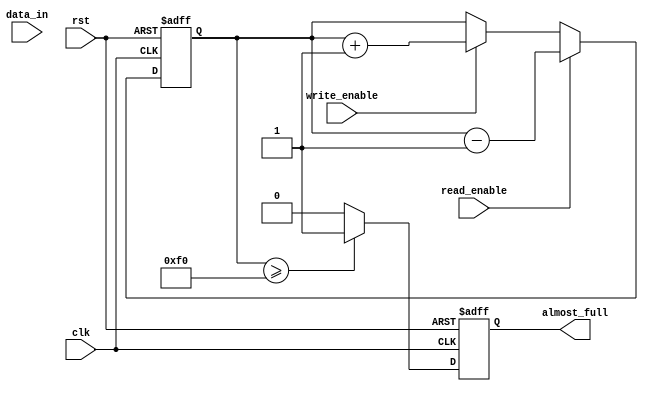
module Almost_Full_FIFO (
    input wire clk,
    input wire rst,
    input wire write_enable,
    input wire read_enable,
    input wire data_in,
    output reg almost_full
);

reg [7:0] write_pointer;
reg [7:0] read_pointer;
reg [3:0] buffer_count;

always @(posedge clk or posedge rst) begin
    if (rst) begin
        write_pointer <= 8'h00;
        read_pointer <= 8'h00;
        buffer_count <= 4'h0;
        almost_full <= 1'b0;
    end else begin
        if (write_enable) begin
            write_pointer <= write_pointer + 1;
            buffer_count <= buffer_count + 1;
        end
        if (read_enable) begin
            read_pointer <= read_pointer + 1;
            buffer_count <= buffer_count - 1;
        end
        if (buffer_count >= 8'hF0) begin
            almost_full <= 1'b1;
        end else begin
            almost_full <= 1'b0;
        end
    end
end

endmodule